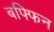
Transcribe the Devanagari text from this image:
बफ्फिन